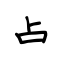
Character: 占